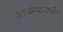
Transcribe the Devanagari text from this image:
अरबस्थानातील